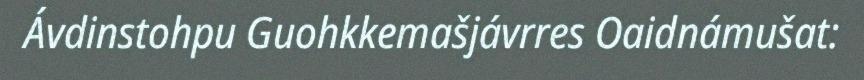
Ávdinstohpu Guohkkemašjávrres Oaidnámušat: